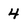
Character: 4